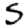
Digit: 5